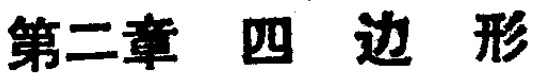
第二章 四 边 形